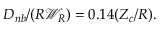
{ D _ { n b } } / ( R { \mathcal { W } } _ { R } ) = 0 . 1 4 ( Z _ { c } / R ) .